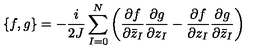
\{ f , g \} = - \frac { i } { 2 J } \sum _ { I = 0 } ^ { N } \left( \frac { \partial f } { \partial { \bar { z } } _ { I } } \frac { \partial g } { \partial z _ { I } } - \frac { \partial f } { \partial z _ { I } } \frac { \partial g } { \partial { \bar { z } } _ { I } } \right)